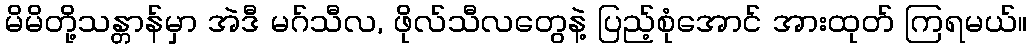
မိမိတို့သန္တာန်မှာ အဲဒီ မဂ်သီလ, ဖိုလ်သီလတွေနဲ့ ပြည့်စုံအောင် အားထုတ် ကြရမယ်။